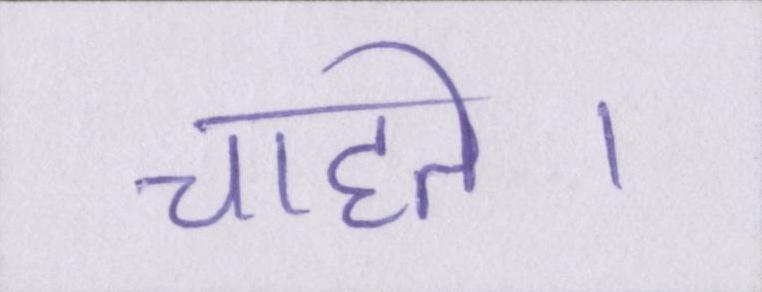
चाहते।